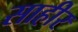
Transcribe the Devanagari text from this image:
साहीर